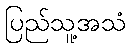
ပြည်သူ့အသံ